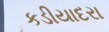
કડીયાદરા